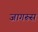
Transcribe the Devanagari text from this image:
जागरूस